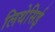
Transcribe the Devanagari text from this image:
लिथेसिई